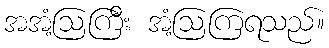
အအံ့ဩကြီး အံ့ဩကြရသည်။